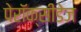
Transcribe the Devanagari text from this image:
पेरॉक्सीडेज